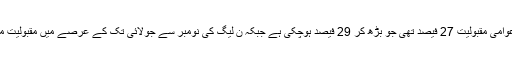
نومبر 2017 میں کیے جانے والے سروے میں پی ٹی آئی کی عوامی مقبولیت 27 فیصد تھی جو بڑھ کر 29 فیصد ہوچکی ہے جبکہ ن لیگ کی نومبر سے جولائی تک کے عرصے میں مقبولیت میں 5 فیصد کمی آئی ہے اور یہ 37 سے 32 فیصد پر آگئی ہے۔